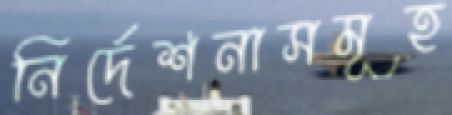
নির্দেশনাসমূহ